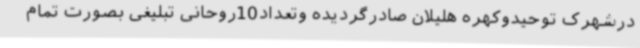
درشهرک توحیدوکهره هلیلان صادرگردیده وتعداد10روحانی تبلیغی بصورت تمام